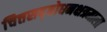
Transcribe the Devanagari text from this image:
चित्तसद्बोधनक्षत्रमाला